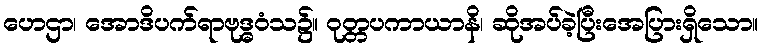
ဟေဌာ၊ အောဒိပက်ရာဗုဒ္ဓဝံသ၌။ ဝုတ္တပကာယာနိ၊ ဆိုအပ်ခဲ့ပြီးအေပြားရှိသော။